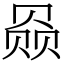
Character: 赑